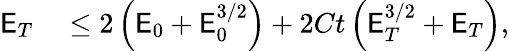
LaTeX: \begin{array}{rl}{\mathsf{E}_{T}}&{{}\leq 2\left(\mathsf{E}_{0}+\mathsf{E}_{0}^{3/2}\right)+2Ct\left(\mathsf{E}_{T}^{3/2}+\mathsf{E}_{T}\right),}\end{array}